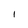
Character: l